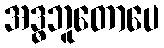
အဒ္ဓဘူတောပေ